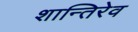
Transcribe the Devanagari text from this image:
शान्तिरेव